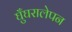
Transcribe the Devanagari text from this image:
घुँघरालेपन